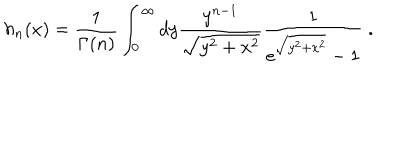
h _ { n } ( x ) = \frac { 1 } { \Gamma ( n ) } \int _ { 0 } ^ { \infty } d y \frac { y ^ { n - 1 } } { \sqrt { y ^ { 2 } + x ^ { 2 } } } \frac { 1 } { e ^ { \sqrt { y ^ { 2 } + x ^ { 2 } } } - 1 } \; .